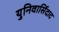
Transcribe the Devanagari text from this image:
युनिवार्सिदाद